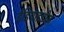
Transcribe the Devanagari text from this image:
ईडियाइडीज़